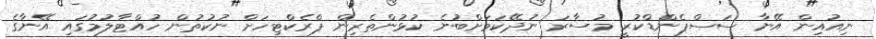
ނިއުއިން އޭނާ ސަސްޕެންޑްކުރީ މުސާރަ ނުދޭކަމަށްބުނެ ކުޅުންތެރިން ޕްރެކްޓިހަށް ނުކުތުން ހުއްޓާލުމުގައި އޭނާގެ